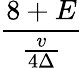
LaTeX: \frac{8+E}{\frac{v}{4\Delta}}